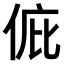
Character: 𠉆